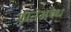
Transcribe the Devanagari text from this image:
शानेअवध